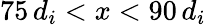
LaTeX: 75\, d_{i}<x<90\, d_{i}